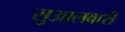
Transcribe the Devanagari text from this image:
सुआलबारी